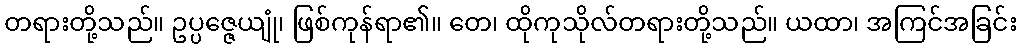
တရားတို့သည်။ ဥပ္ပဇ္ဇေယျုံ၊ ဖြစ်ကုန်ရာ၏။ တေ၊ ထိုကုသိုလ်တရားတို့သည်။ ယထာ၊ အကြင်အခြင်း